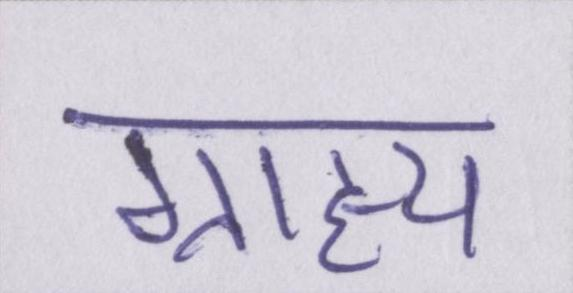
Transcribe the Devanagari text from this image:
ग्राह्य